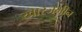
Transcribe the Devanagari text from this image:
खारजमीन